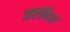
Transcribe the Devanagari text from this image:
अष्टविधा